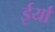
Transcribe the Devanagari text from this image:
ईर्या